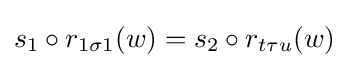
s_{1}\circ r_{1\sigma 1}(w)=s_{2}\circ r_{t\tau u}(w)